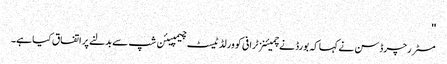
''
مسٹر رچرڈسن نے کہا کہ بورڈ نے چمیئنز ٹرافی کو ورلڈ ٹیسٹ چیمپیئن شپ سے بدلنے پر اتفاق کیا ہے۔